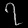
Digit: ၇